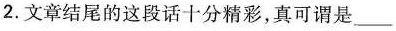
2.文章结尾的这段话十分精彩，真可谓是___